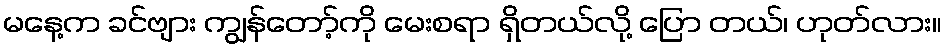
မနေ့က ခင်ဗျား ကျွန်တော့်ကို မေးစရာ ရှိတယ်လို့ ပြော တယ်၊ ဟုတ်လား။